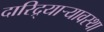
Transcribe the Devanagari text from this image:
दारिद्र्याऱ्यावस्था